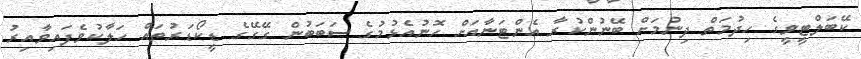
ކޭބަލްޓީވީގެ ހިދުމަތް ދިނުމަށް ބޭނުންކުރާ އެންޓަނާއަށް ހޮނުއެޅުމުގެ ސަބަބުން ގޭގޭގެ ޑީކޯޑަރުތައް ހަލާކުވެފައިވާއިރު